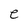
Character: e